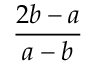
\frac { 2 b - a } { a - b }